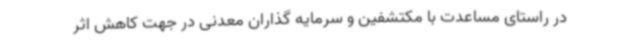
در راستای مساعدت با مکتشفین و سرمایه گذاران معدنی در جهت کاهش اثر